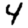
Digit: 4